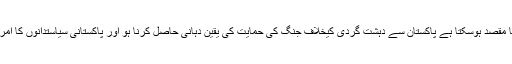
ان صاحبان کے دورے کا مقصد ہوسکتا ہے پاکستان سے دہشت گردی کیخلاف جنگ کی حمایت کی یقین دہانی حاصل کرنا ہو اور پاکستانی سیاستدانوں کا امریکی آشیرباد حاصل کرنا۔